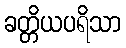
ခတ္တိယပရိသာ